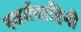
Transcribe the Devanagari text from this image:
स्वर्गवाहिनी